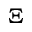
\Xi